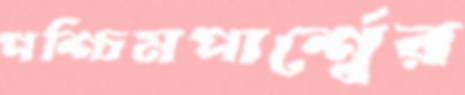
পশ্চিমপার্শ্বের